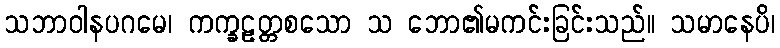
သဘာဝါနပဂမေ၊ ကက္ခဠတ္တစသော သ ဘော၏မကင်းခြင်းသည်။ သမာနေပိ၊